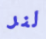
لنر